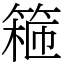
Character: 篐